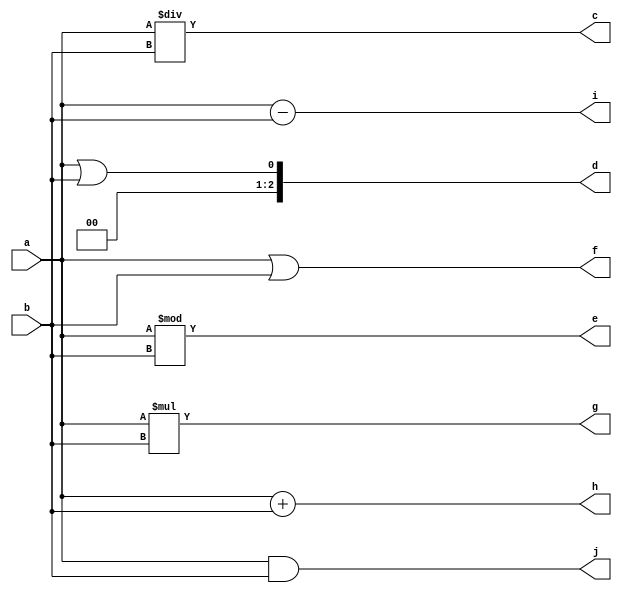
module num_calculation(
    input [2:0]a,b,
    output[2:0]c,d,e,f,g,h,i,j);
   /* always@(*) begin
     */
    assign c=a/b;
    assign d=a||b;
    assign e=a%b;
    assign f=a|b;
    assign g=a*b;
    assign h=a+b;
    assign i=a-b;
    assign j=a&b;
endmodule